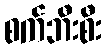
စက်ဘီးစီး